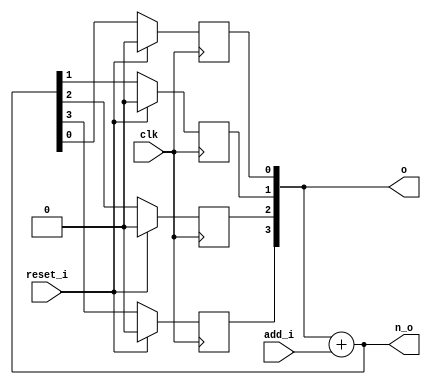
// This program was cloned from: https://github.com/NYU-MLDA/OpenABC
// License: BSD 3-Clause "New" or "Revised" License

module bsg_circular_ptr_slots_p16_max_add_p15
(
  clk,
  reset_i,
  add_i,
  o,
  n_o
);

  input [3:0] add_i;
  output [3:0] o;
  output [3:0] n_o;
  input clk;
  input reset_i;
  wire [3:0] o,n_o;
  reg o_3_sv2v_reg,o_2_sv2v_reg,o_1_sv2v_reg,o_0_sv2v_reg;
  assign o[3] = o_3_sv2v_reg;
  assign o[2] = o_2_sv2v_reg;
  assign o[1] = o_1_sv2v_reg;
  assign o[0] = o_0_sv2v_reg;

  always @(posedge clk) begin
    if(reset_i) begin
      o_3_sv2v_reg <= 1'b0;
    end else if(1'b1) begin
      o_3_sv2v_reg <= n_o[3];
    end 
  end


  always @(posedge clk) begin
    if(reset_i) begin
      o_2_sv2v_reg <= 1'b0;
    end else if(1'b1) begin
      o_2_sv2v_reg <= n_o[2];
    end 
  end


  always @(posedge clk) begin
    if(reset_i) begin
      o_1_sv2v_reg <= 1'b0;
    end else if(1'b1) begin
      o_1_sv2v_reg <= n_o[1];
    end 
  end


  always @(posedge clk) begin
    if(reset_i) begin
      o_0_sv2v_reg <= 1'b0;
    end else if(1'b1) begin
      o_0_sv2v_reg <= n_o[0];
    end 
  end

  assign n_o = o + add_i;

endmodule